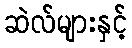
ဆဲလ်များနှင့်